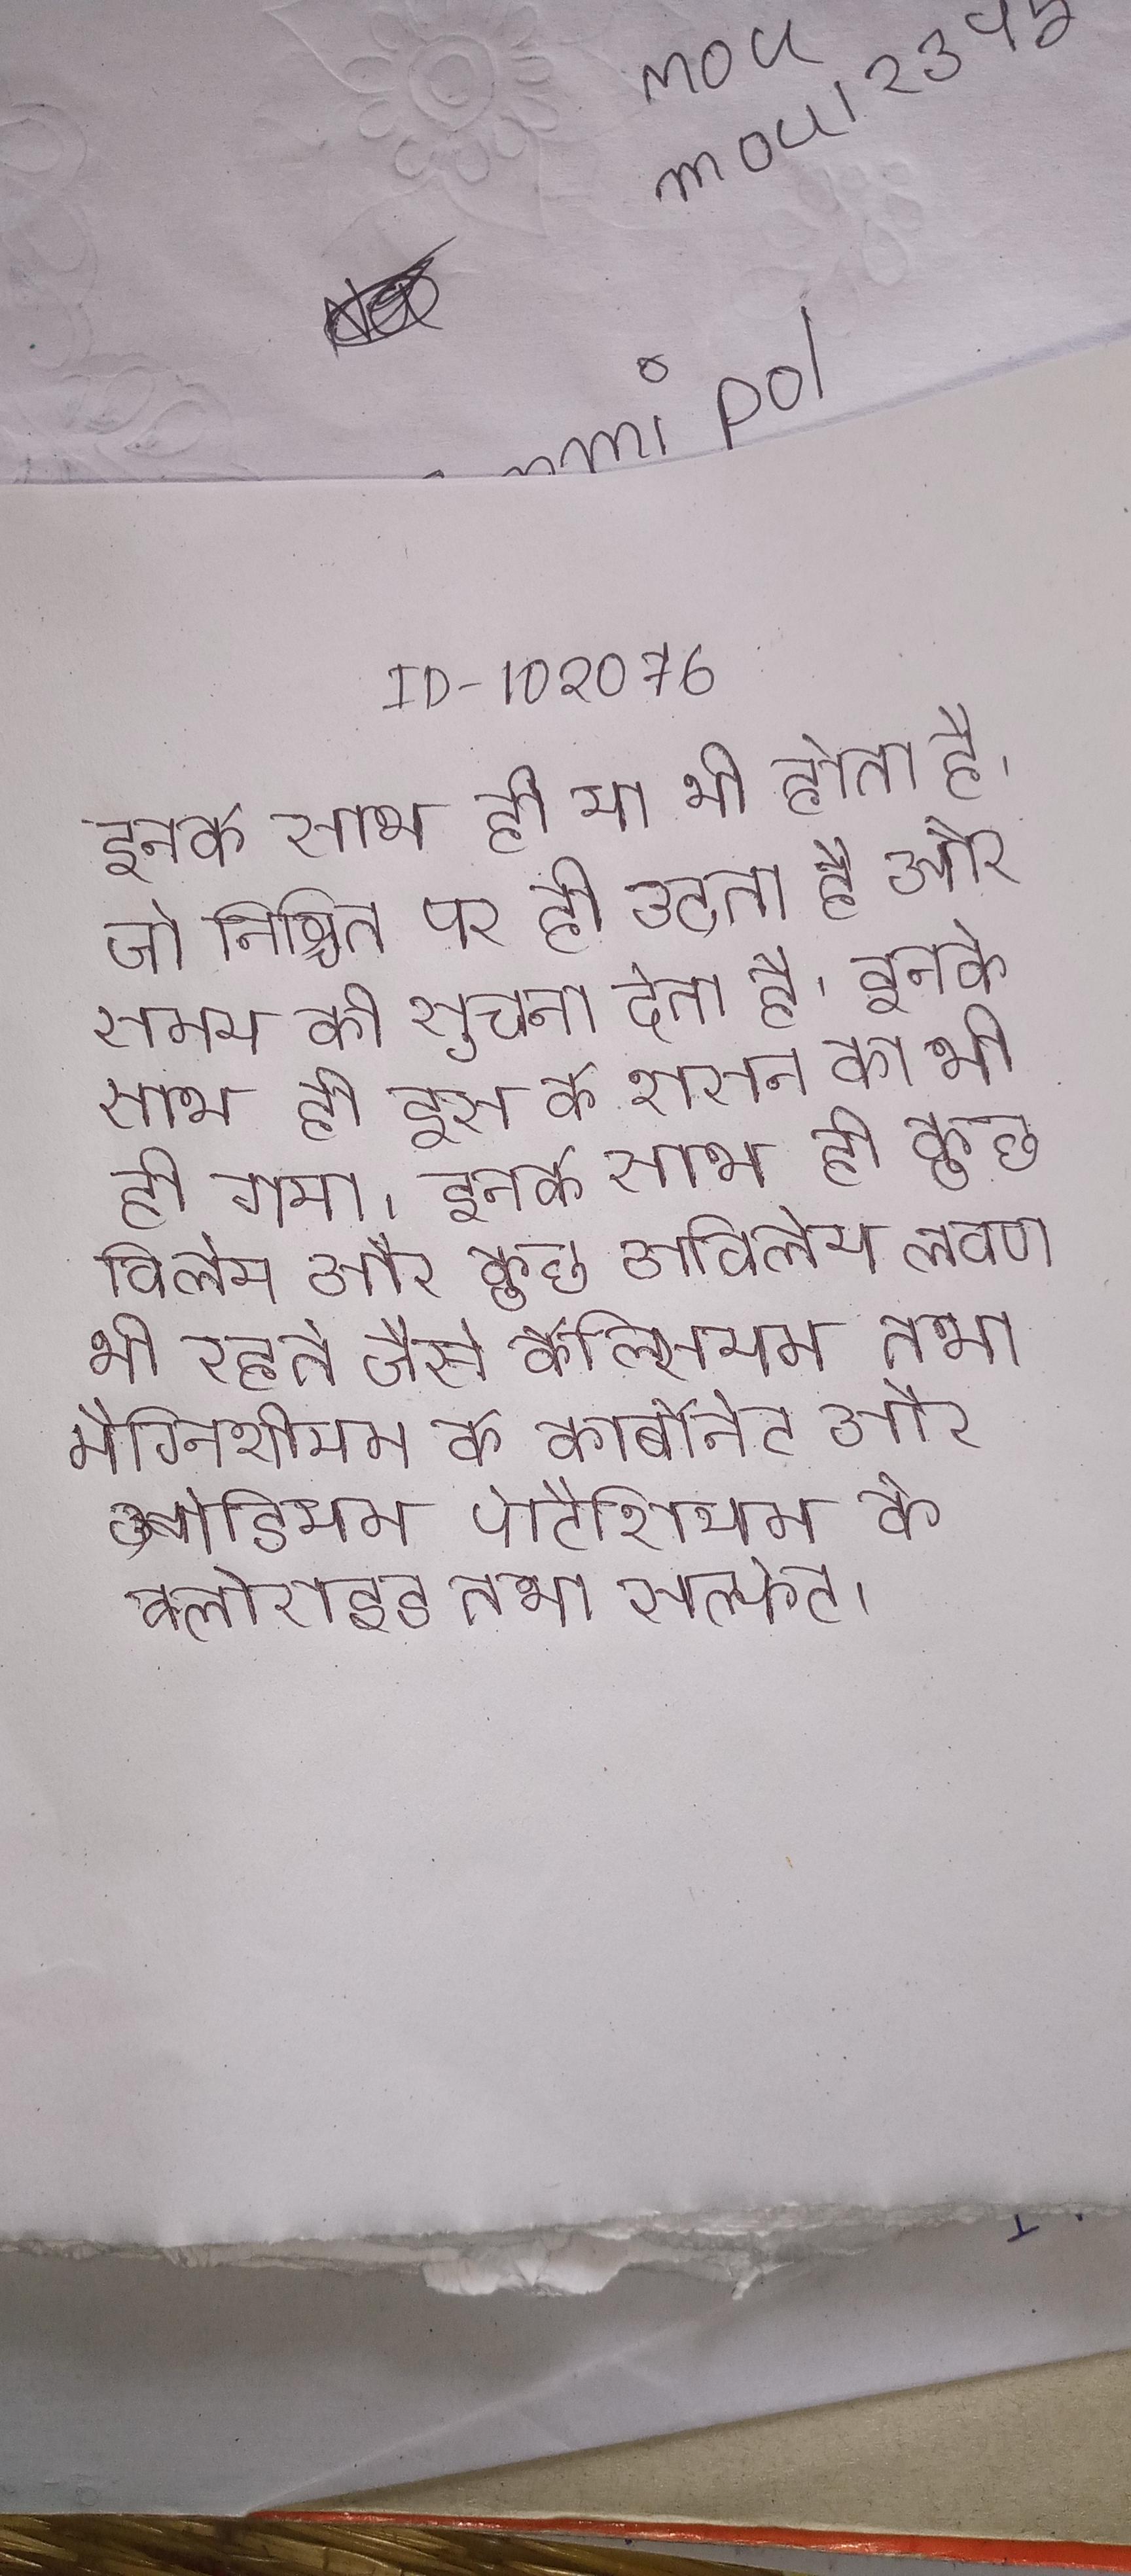
इनके साथ ही या भी होता है, जो निश्चित पर ही बज उठता है और समय की सूचना देता है । इनके साथ ही इस के शासन का भी हो गया । इनके साथ ही कुछ विलेय और कुछ अविलेय लवण भी रहते जैसे कैल्सियम तथा मैग्निशीयम के कार्बोनेट और सोडियम पोटैशियम के क्लोराइड तथा सल्फेट ।